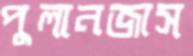
পুলানজাস